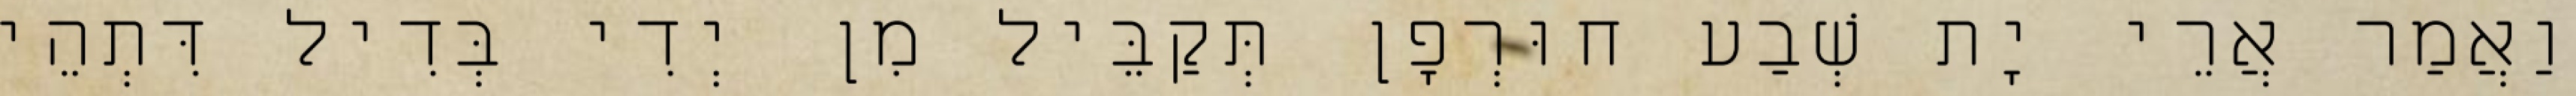
וַאֲמַר אֲרֵי יָת שְׁבַע חוּרְפָן תְּקַבֵּיל מִן יְדִי בְּדִיל דִּתְהֵי